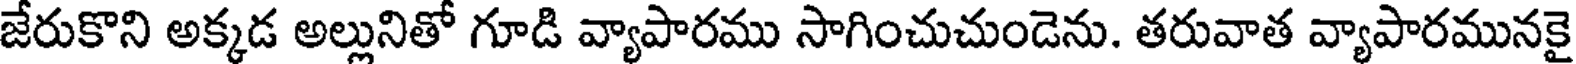
జేరుకొని అక్కడ అల్లునితో గూడి వ్యాపారము సాగించుచుండెను. తరువాత వ్యాపారమునకై